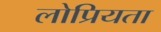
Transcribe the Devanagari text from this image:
लोप्रियता